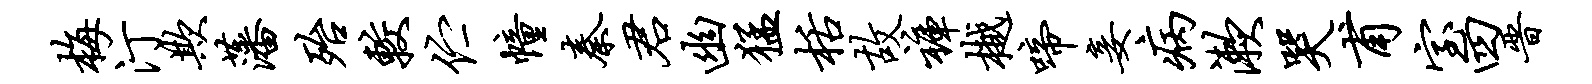
梅汀欺藩殆较伫幢秦君幽猛栝故裤樾啼妾病漱哭甫室四晋